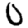
Digit: 0